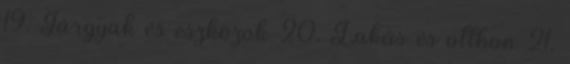
19. Tárgyak és eszközök 20. Lakás és otthon 21.